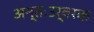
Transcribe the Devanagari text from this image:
अन्तःउर्वरक